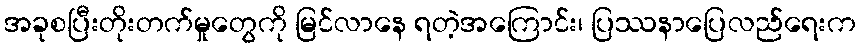
အခုစပြီးတိုးတက်မှုတွေကို မြင်လာနေ ရတဲ့အကြောင်း၊ ပြဿနာပြေလည်ရေးက